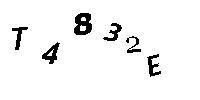
T4832E